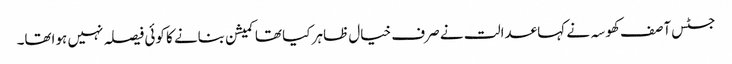
جسٹس آصف کھوسہ نے کہا عدالت نے صرف خیال ظاہر کیا تھا کمیشن بنانے کا کوئی فیصلہ نہیں ہواتھا۔